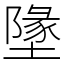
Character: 墬